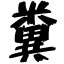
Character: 糞